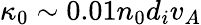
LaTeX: \kappa_{0}\sim 0.01n_{0}d_{i}v_{A}